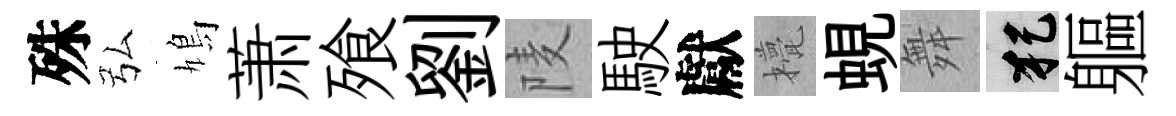
殊弘鳩萧飱劉𨹧駛獻甍蜆舞犯軀